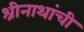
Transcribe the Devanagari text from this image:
श्रीनाथांची